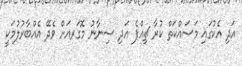
އަދި އެކުގައި މަސައްކަތް ކުރާ ޗިއްޕެ އަދި ސިނާނު މޮގަރއަށް ވެދޭ އެއްބާރުލުމަކީ